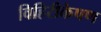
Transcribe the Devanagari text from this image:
विहिरीकेषण